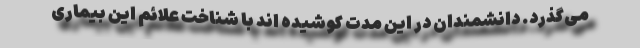
می‌گذرد. دانشمندان در این مدت کوشیده اند با شناخت علائم این بیماری